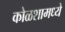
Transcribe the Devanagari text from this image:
कोळशामध्ये